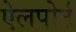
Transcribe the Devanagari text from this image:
ऐलपोर्ट